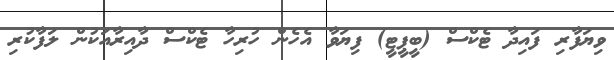
ވިޔަފާރި ފައިދާ ޓެކްސް (ބީޕީޓީ) ފިޔަވާ އެހެން ހުރިހާ ޓެކްސް ދާއިރާއަކުން ލަފާކުރި